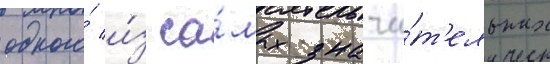
одного́ и́з са́мых значи́т'ельных